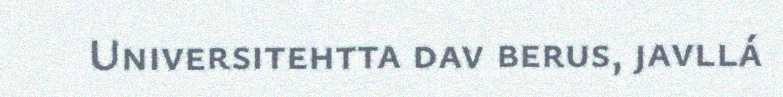
Universitehtta dav berus, javllá